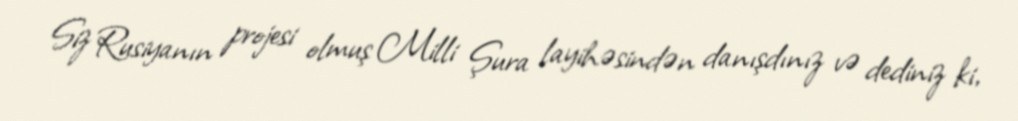
Siz Rusiyanın projesi olmuş Milli Şura layihəsindən danışdınız və dediniz ki,